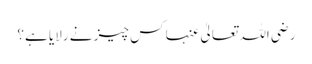
رضی اللہ تعالیٰ عنہا کس چیز نے رلایا ہے؟